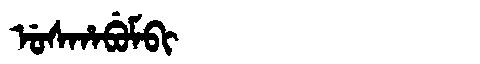
Manchu: ᡠᠰᡥᠠᠪᡠᠮᠪᡳ
Romanization: USHABUMBI